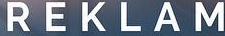
REKLAM